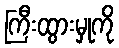
ကြီးထွားမှုကို